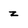
Character: z